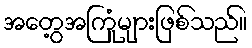
အတွေ့အကြုံများဖြစ်သည်။